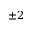
\pm 2